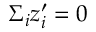
\Sigma _ { i } z _ { i } ^ { \prime } = 0